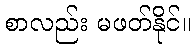
စာလည်း မဖတ်နိုင်။